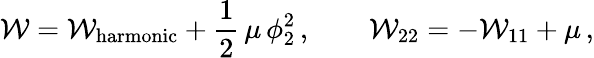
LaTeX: {\cal W}={\cal W}_{\mathrm{harmonic}}+\frac{1}{2}\, \mu\, \phi_{2}^{2}\, ,\qquad{\cal W}_{22}=-{\cal W}_{11}+\mu\, ,